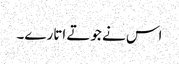
اس نے جوتے اتارے۔